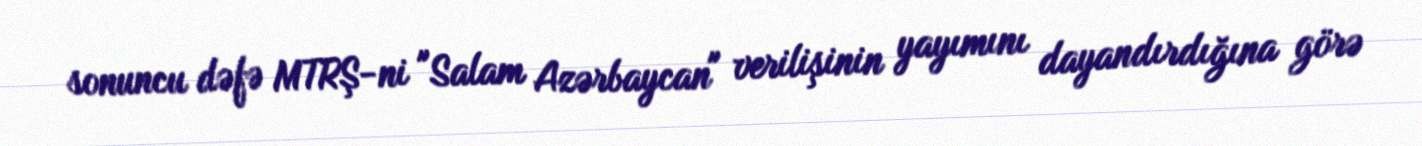
sonuncu dəfə MTRŞ-ni "Salam Azərbaycan" verilişinin yayımını dayandırdığına görə